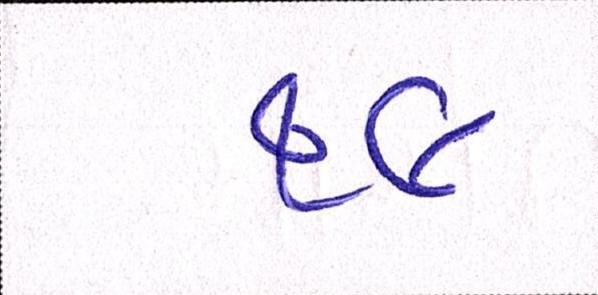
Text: ૧૯